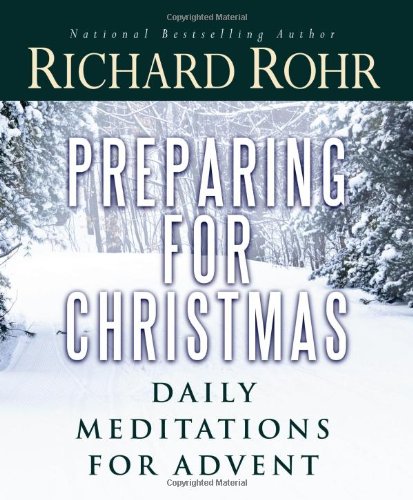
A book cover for Preparing for Christmas: Daily Meditations for Advent; Richard Rohr O.F.M.; Christian Books & Bibles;